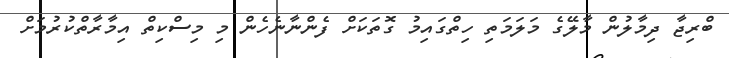
ބްރިޖާ ދިމާލުން މާލޭގެ މަލަމަތި ހިތްގައިމު ގޮތަކަށް ފެންނާނެހެން މި މިސްކިތް އިމާރާތްކުރުމަށް